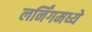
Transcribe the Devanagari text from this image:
लर्निंगमध्ये